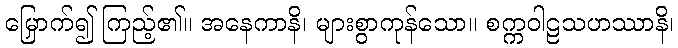
မြှောက်၍ ကြည့်၏။ အနေကာနိ၊ များစွာကုန်သော။ စက္ကဝါဠသဟဿာနိ၊